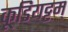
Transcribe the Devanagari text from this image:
कूडियट्टम्